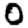
Digit: 0